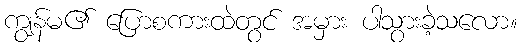
ကျွန်မ၏ ပြောစကားထဲတွင် အမှား ပါသွားခဲ့သလော။